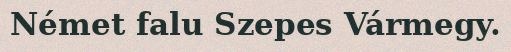
Német falu Szepes Vármegy.